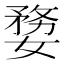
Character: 㜈